system: You are a helpful assistant.
user:
Analyze the provided spectrum to determine if it is a **S-type Star**.

- **Key Indicators for S-type Star:**

    - **(Overall Spectrum Shape):** The first and most obvious characteristic is the overall continuum (the "baseline" shape). It is **extremely "red-sloping,"** meaning the flux (light intensity) is very low on the left side (blue, ~4000-4500 Å) and rises steeply and continuously toward the right side (red, ~7000 Å+).

    - **(Primary):** The spectrum is defined by the presence of strong, broad molecular absorption "valleys" (bands) from **Zirconium Oxide (ZrO)**. The identification of these bands is the **primary requirement** for classifying a star as S-type.
        - **(Key Bandheads):** You must find distinct, deep "dips" where the light has been absorbed. The most critical band systems to locate are:
            - **~6474 Å** ($\gamma$-system): This is often the strongest and clearest ZrO feature, found in the red part of the spectrum.
            - **~5718 Å** & **~5551 Å** ($\beta$-system): A pair of prominent absorption features in the yellow-orange part of the spectrum.
            - **~4640 Å** ($\alpha$-system): A key absorption band system in the blue-green region of the spectrum.

    - **(Secondary Confirmation):** The classification is strengthened by finding additional absorption bands from other related heavy element oxides, which are expected to be present alongside ZrO.
        - **(Key Bandheads):**
            - **Yttrium Oxide (YO):** Look for absorption dips near **~4800 Å** and **~6100 Å**.
            - **Lanthanum Oxide (LaO):** Additional absorption features, particularly in the red-orange part of the spectrum, are also characteristic.

    - **(Line Profile):** The combination of the steep red continuum and these numerous, deep molecular bands (ZrO, YO, etc.) gives the entire spectrum a very **"chopped-up"** or **"bumpy"** appearance. Instead of a smooth curve, the spectrum looks as though large, wide chunks of light have been "carved out" of it at the specific wavelengths listed above.

Think first, call **spectral_visualization_tool** if needed to examine features in detail, then provide your final answer. Your response must adhere to the following strict rules:
1.  **Overall Structure:** Your response must follow the format `<think>...</think> <tool_call>...</tool_call> (if a tool is used) <answer>...</answer>`.
2.  **Tool Usage Constraint:** You may only make **one** tool call per turn.
3.  **Final Answer Format:** In the `<answer>` tag, your conclusion must be inside a `\boxed{}` command (e.g., `\boxed{YES}` or `\boxed{NO}`), followed by your justification.

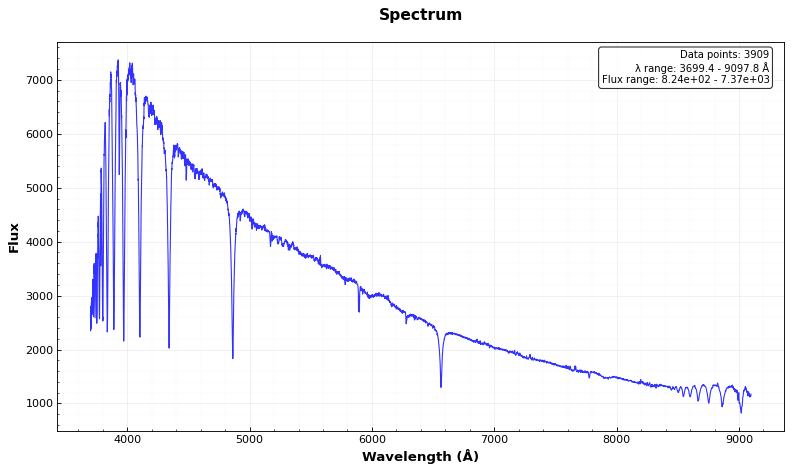
Answer: YES